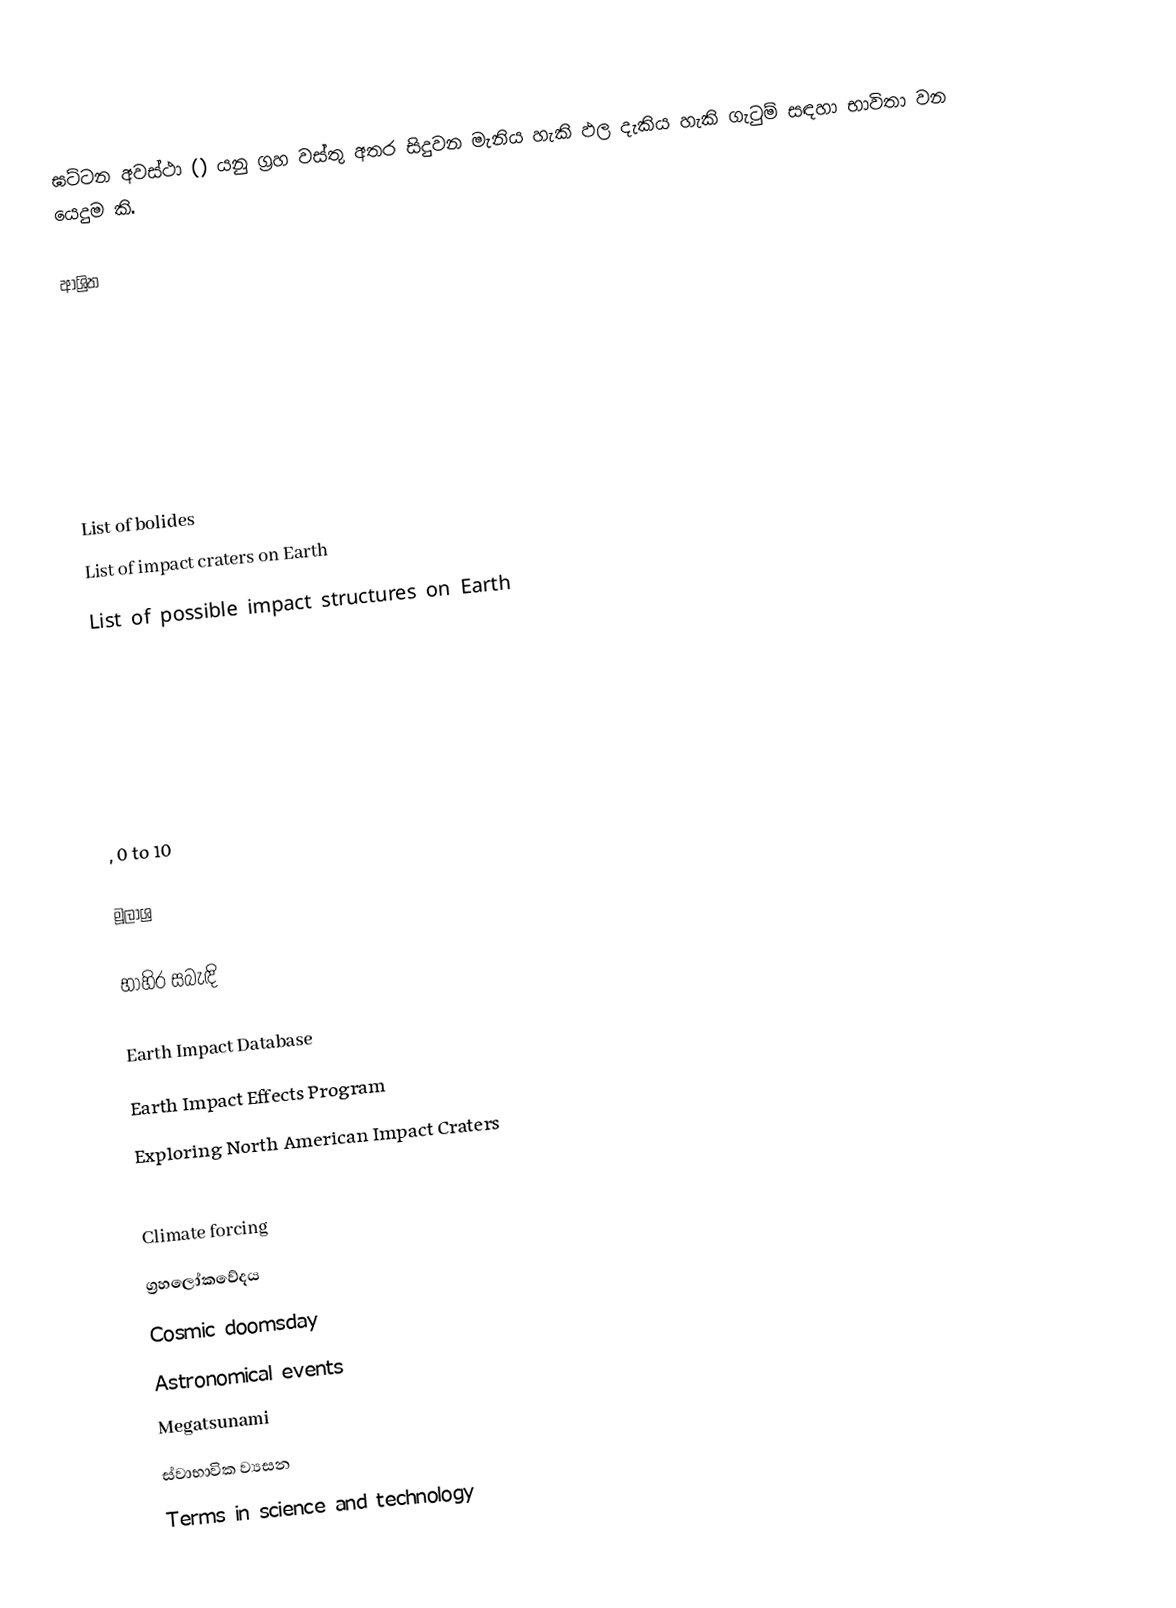
ඝට්ටන අවස්ථා () යනු ග්‍රහ වස්තු අතර සිදුවන මැනිය හැකි ඵල දැකිය හැකි ගැටුම් සඳහා භාවිතා වන යෙදුම කි.

ආශ්‍රිත

 List of bolides
 List of impact craters on Earth
 List of possible impact structures on Earth

 , 0 to 10

මූලාශ්‍ර

භාහිර සබැඳි

 Earth Impact Database
 Earth Impact Effects Program
 Exploring North American Impact Craters

Climate forcing
ග්‍රහලෝකවේදය
Cosmic doomsday
Astronomical events
Megatsunami
ස්වාභාවික ව්‍යසන
Terms in science and technology